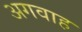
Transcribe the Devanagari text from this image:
अगवाह